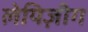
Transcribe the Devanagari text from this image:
लेयिज़ीग